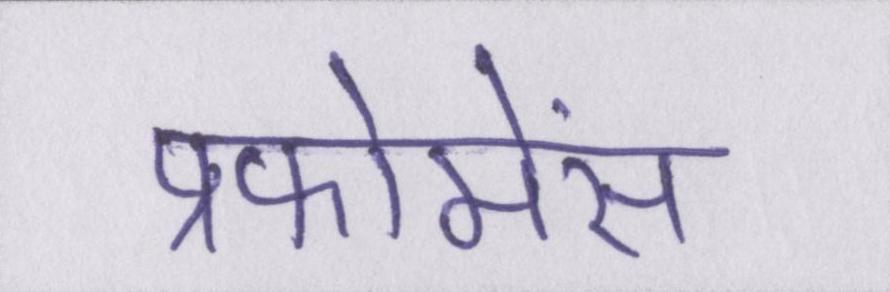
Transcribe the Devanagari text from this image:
प्रफोमेंस